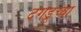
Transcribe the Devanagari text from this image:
दगडूच्या